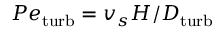
P e _ { \mathrm { t u r b } } = v _ { s } H / D _ { \mathrm { t u r b } }